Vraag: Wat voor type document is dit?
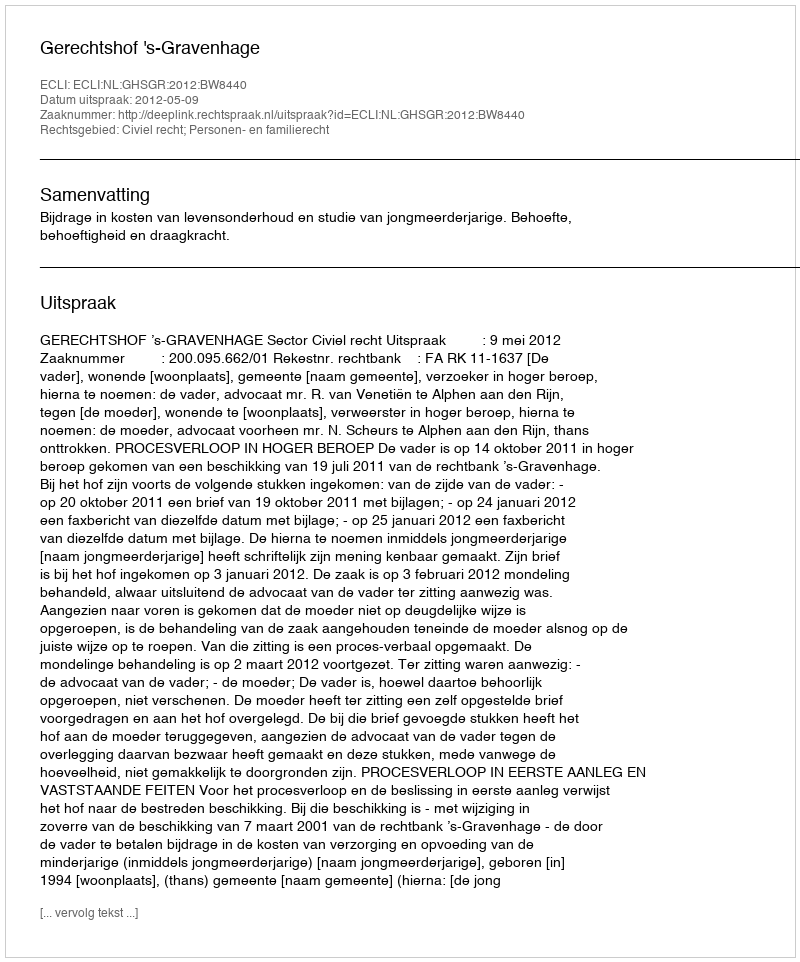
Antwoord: Uitspraak